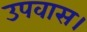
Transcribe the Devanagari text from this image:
उपवास।